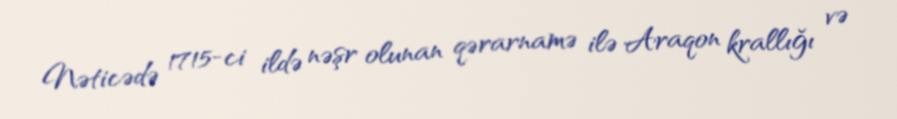
Nəticədə 1715-ci ildə nəşr olunan qərarnamə ilə Araqon krallığı və